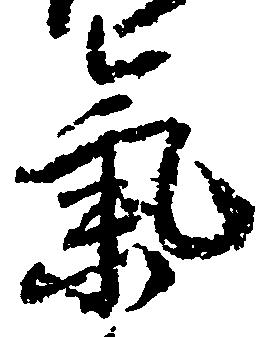
気